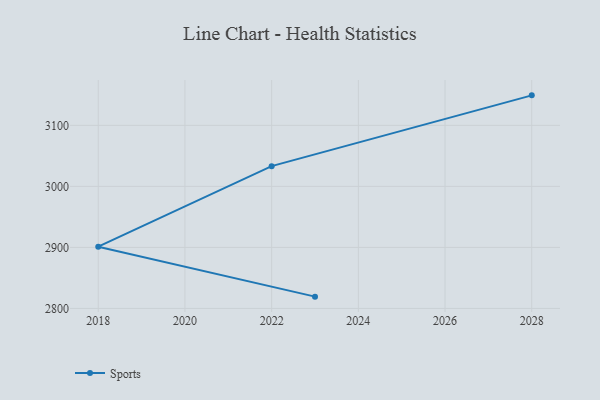
{"axis": {"x": "Year", "y": "Gross Profit (USD K)"}, "legend": ["Sports"], "data": [{"x": "2023", "y": 2819.3, "type": "Sports"}, {"x": "2018", "y": 2901.2, "type": "Sports"}, {"x": "2022", "y": 3033.2, "type": "Sports"}, {"x": "2028", "y": 3149.2, "type": "Sports"}]}